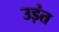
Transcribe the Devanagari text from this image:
उड़ंत